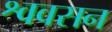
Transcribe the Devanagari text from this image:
श्ववसन